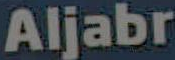
Aljabr